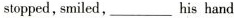
stopped, smiled,___ his hand